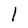
Character: l